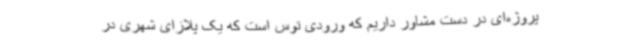
پروژه‌ای در دست مشاور داریم که ورودی توس است که یک پلازای شهری در